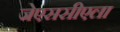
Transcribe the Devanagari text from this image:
जेएससीएला